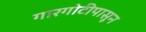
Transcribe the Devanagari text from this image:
गारगोटीपासून